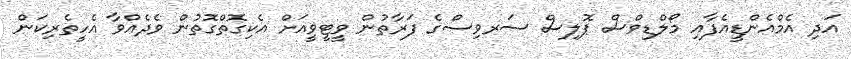
އަދި އެމްއެންޑީއެފާއި މޯލްޑިވްސް ޕޮލިސް ސަރވިސްގެ ފަރާތުން ވީޓީވީއަށް އެކިގޮތްގޮތުން ވެދެއްވާ އެހީތެރިކަން